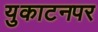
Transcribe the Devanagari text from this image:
युकाटनपर